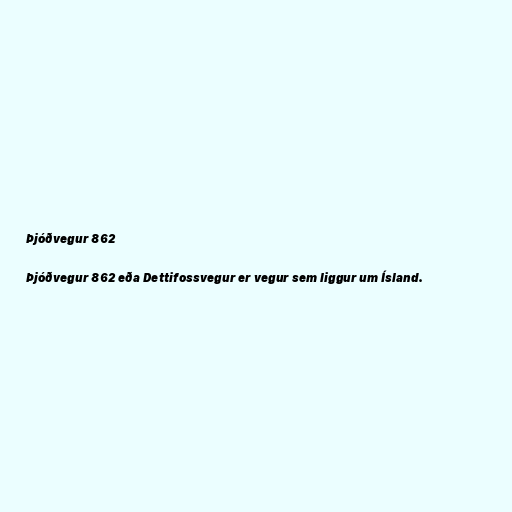
Þjóðvegur 862

Þjóðvegur 862 eða Dettifossvegur er vegur sem liggur um Ísland.